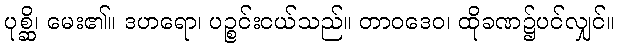
ပုစ္ဆိ၊ မေး၏။ ဒဟရော၊ ပဉ္စင်းငယ်သည်။ တာဝဒေဝ၊ ထိုခဏ၌ပင်လျှင်။